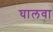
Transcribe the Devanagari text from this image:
घालवा